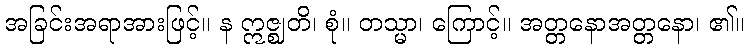
အခြင်းအရာအားဖြင့်။ န ဣဇ္ဈတိ၊ စုံ။ တသ္မာ၊ ကြောင့်။ အတ္တနောအတ္တနော၊ ၏။